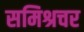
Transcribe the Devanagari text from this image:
समिश्रचर